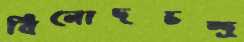
বিনোদচন্দ্র